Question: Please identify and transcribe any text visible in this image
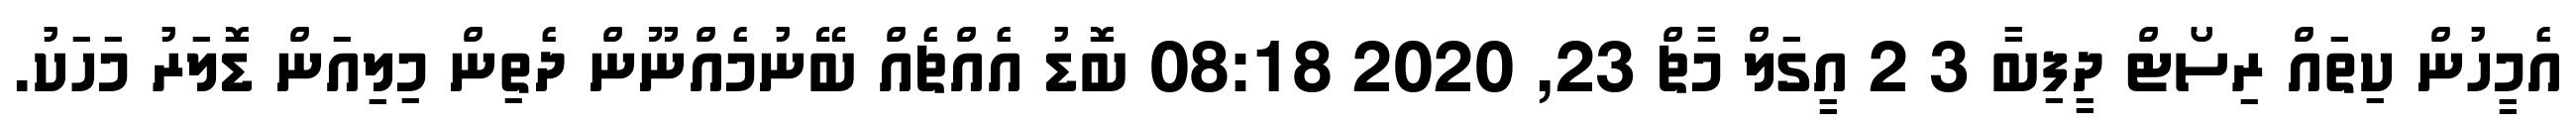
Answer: އެމީހުން ކިތައް ރިސޯޓް ދީފިބާ 3 2 އީގަލް މާޗް 23, 2020 08:18 ބޮޑު އެއްޗެއް ބޭނުމެއްނޫން ދެތިން މިލިއަން ޑޮލަރު މަހަކު.